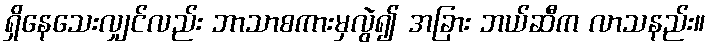
ရှိနေသေးလျှင်လည်း ဘာသာစကားမှလွဲ၍ အခြား ဘယ်ဆီက လာသနည်း။